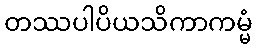
တဿပါပိယသိကာကမ္မံ